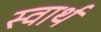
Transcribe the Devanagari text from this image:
स्‍वार्थ